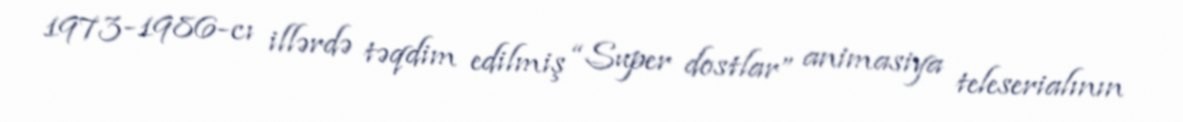
1973-1986-cı illərdə təqdim edilmiş “Super dostlar” animasiya teleserialının